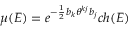
\mu ( E ) = e ^ { - \frac { 1 } { 2 } b _ { k } \theta ^ { k j } b _ { j } } c h ( E )